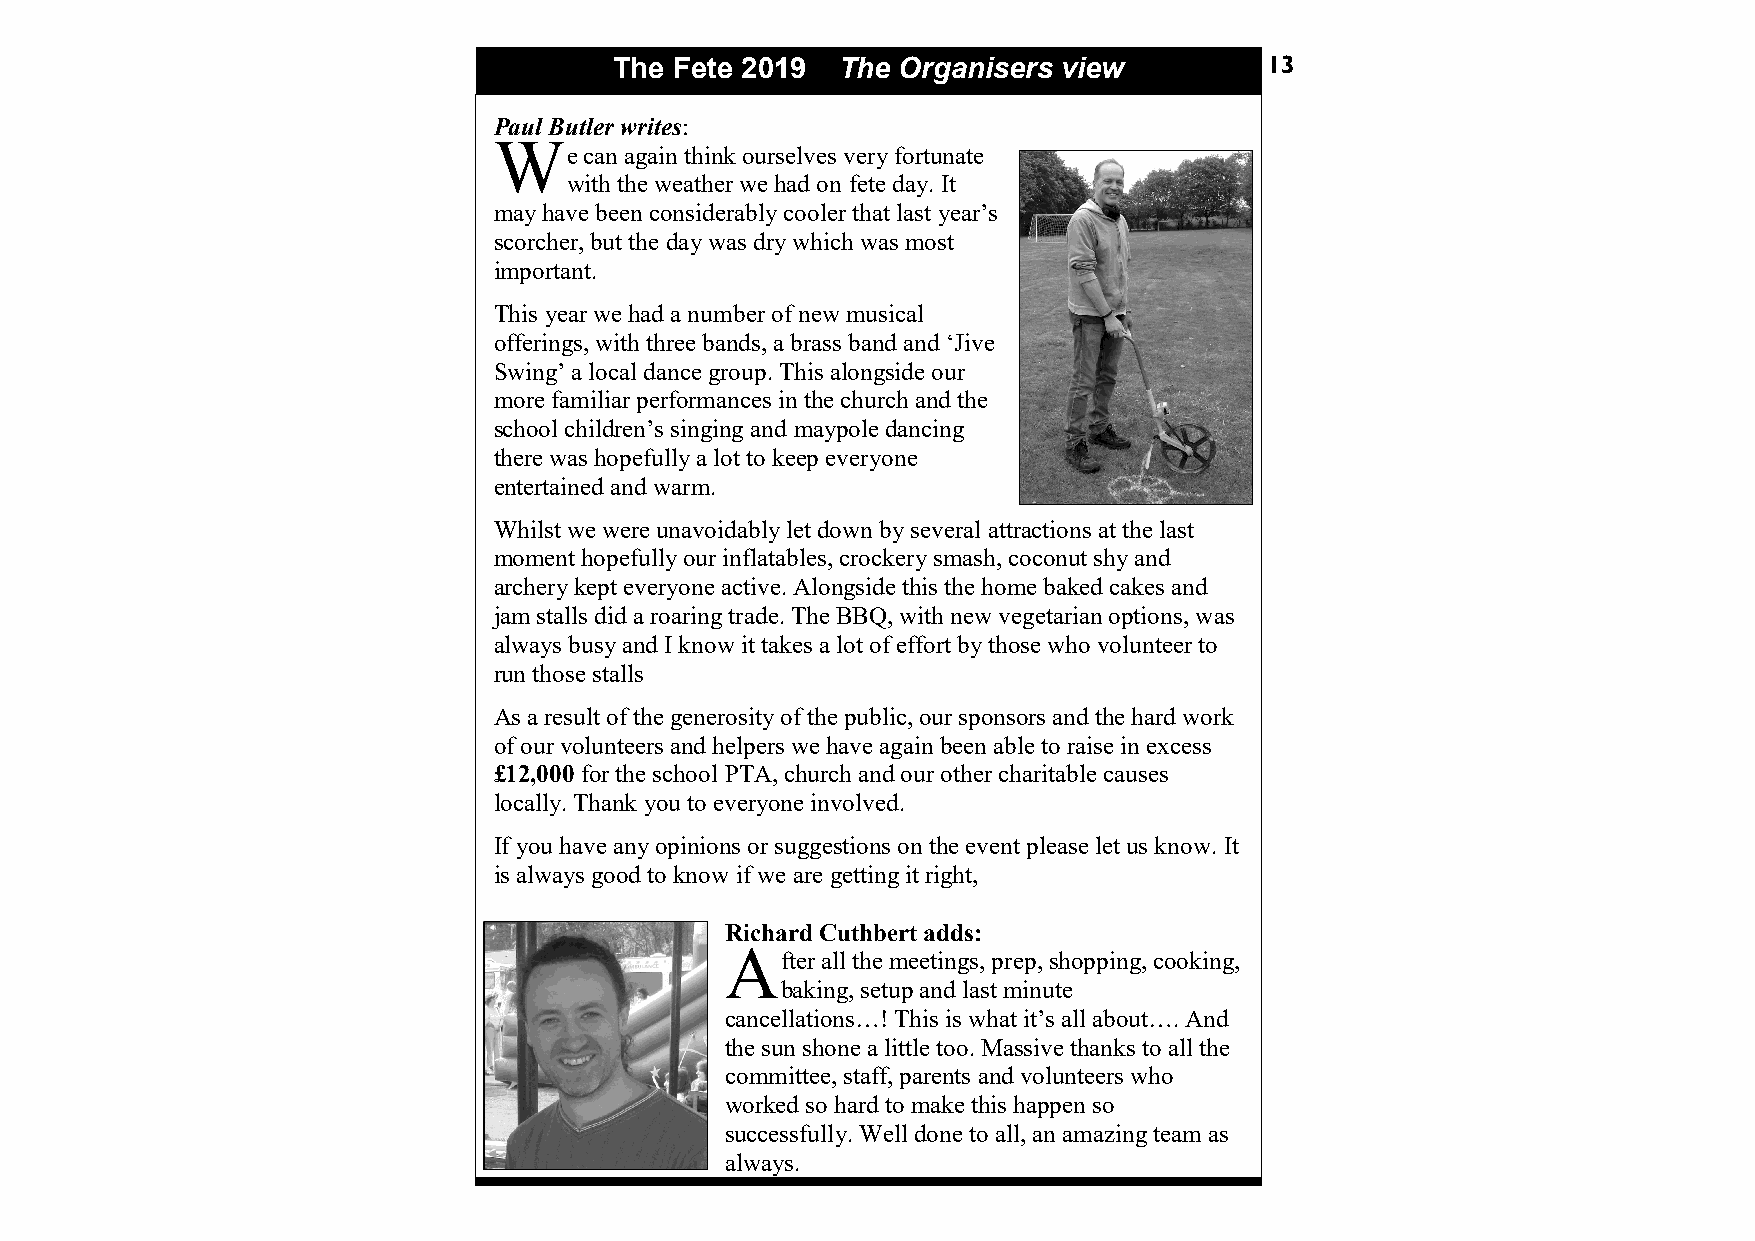
The Fete 2019 The Organisers view          13
 Paul Butle r writes:
 W
 e can again think ourselves very fortunate
 with the weather we had on fete day. It
 may have been considerably cooler that last year’s
 scorcher, but the day was dry which was most
 important.
 This year we had a number of new musical
 offerings, with three bands, a brass band and ‘Jive
 Swing’ a local dance group. This alongside our
 more familiar performances in the church and the
 school children’s singing and maypole dancing
 there was hopefully a lot to keep everyone
 entertained and warm.
 Whilst we were unavoidably let down by several attractions at the last
 moment hopefully our inflatables, crockery smash, coconut shy and
 archery kept everyone active. Alongside this the home baked cakes and
 jam stalls did a roaring trade. The BBQ, with new vegetarian options, was
 always busy and I know it takes a lot of effort by those who volunteer to
 run those stalls
 As a result of the generosity of the public, our sponsors and the hard work
 of our volunteers and helpers we have again been able to raise in excess
 £12,000 for the school PTA, church and our other charitable causes
 locally. Thank you to everyone involved.
 If you have any opinions or suggestions on the event please let us know. It
 is always good to know if we are getting it right,
 Richard Cuthbert adds:
 A
 fter all the meetings, prep, shopping, cooking,
 baking, setup and last minute
 cancellations…! This is what it’s all about…. And
 the sun shone a little too. Massive thanks to all the
 committee, staff, parents and volunteers who
 worked so hard to make this happen so
 successfully. Well done to all, an amazing team as
 always.